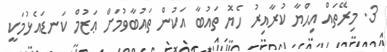
3. މިރޭތައް އިޙްޔާ ކުރާއިރު ހެޔޮ ތައުބާ އަކުން ތައުބާވުމަށް ޢަޒުމް ކަނޑައެޅުމަކީ